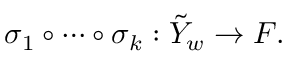
\sigma _ { 1 } \circ \cdots \circ \sigma _ { k } : \tilde { Y } _ { w } \rightarrow F .